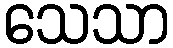
သေသာ